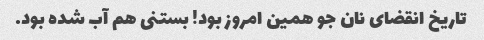
تاریخ انقضای نان جو همین امروز بود! بستنی هم آب شده بود.